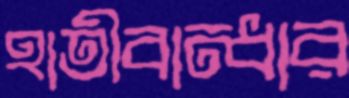
হাতীবান্ধার